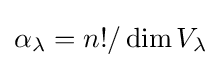
\alpha _{\lambda }=n!/\dim V_{\lambda }